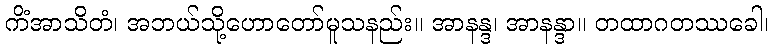
ကိံအာသိတံ၊ အဘယ်သို့ဟောတော်မူသနည်း။ အာနန္ဒ၊ အာနန္ဒာ။ တထာဂတဿခေါ၊